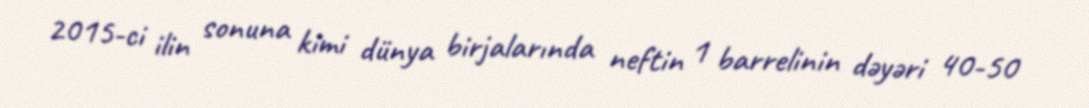
2015-ci ilin sonuna kimi dünya birjalarında neftin 1 barrelinin dəyəri 40-50